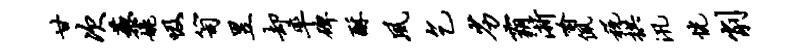
甘次藜姚吸笥昱却率碑酥夙乞劣霸浙喻佩税拱汛恍削